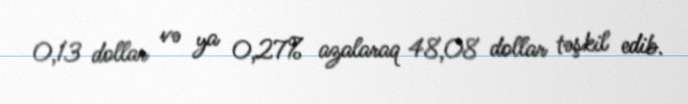
0,13 dollar və ya 0,27% azalaraq 48,08 dollar təşkil edib.